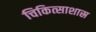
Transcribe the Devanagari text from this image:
चिकित्साशास्र